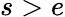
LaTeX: s>e